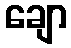
ချော